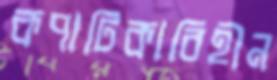
কপাটিকাবিহীন